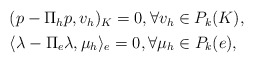
\begin{align*}\begin{aligned}&(p-\Pi_hp,v_h)_K=0,\forall v_h\in P_k(K),\\&\langle\lambda-\Pi_e\lambda,\mu_h\rangle_e=0,\forall \mu_h\in P_k(e),\end{aligned}\end{align*}